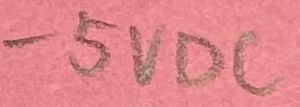
Text: -5VDC